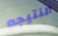
النتيجه